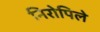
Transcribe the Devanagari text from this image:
निरोपिले